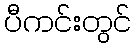
ပီကင်းတွင်